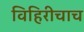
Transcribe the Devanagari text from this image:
विहिरीचाच